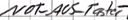
Text: NOT-AUS-Taster